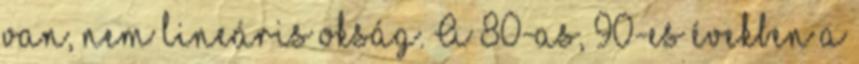
van, nem lineáris okság. A 80-as, 90-es években a